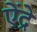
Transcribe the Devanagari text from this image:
ऐंद्रे